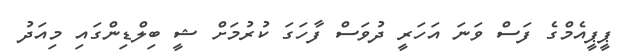
ޕީޕީއެމްގެ ފަސް ވަނަ އަހަރީ ދުވަސް ފާހަގަ ކުރުމަށް ޝީ ބިލްޑިންގައި މިއަދު